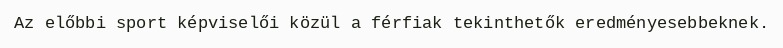
Az előbbi sport képviselői közül a férfiak tekinthetők eredményesebbeknek.